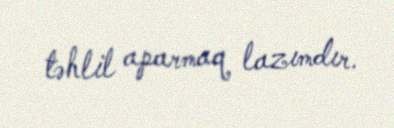
təhlil aparmaq lazımdır.